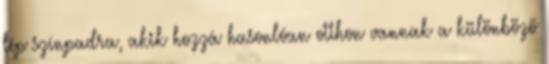
lép színpadra, akik hozzá hasonlóan otthon vannak a különböző